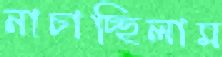
নাচাচ্ছিলাম